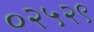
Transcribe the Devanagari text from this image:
०२५२९